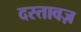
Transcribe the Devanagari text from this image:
दस्तावज़